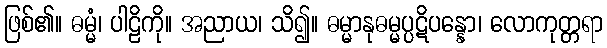
ဖြစ်၏။ ဓမ္မံ၊ ပါဠိကို။ အညာယ၊ သိ၍။ ဓမ္မာနုဓမ္မပ္ပဋိပန္နော၊ လောကုတ္တရာ